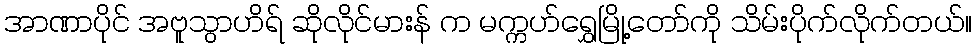
အာဏာပိုင် အဗူသွာဟိရ် ဆိုလိုင်မားန် က မက္ကဟ်ရွှေမြို့တော်ကို သိမ်းပိုက်လိုက်တယ်။